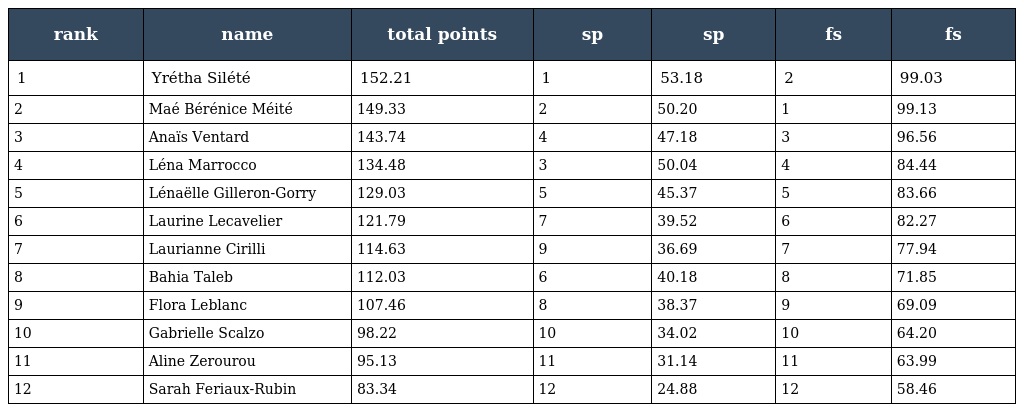
| rank | name | total points | sp | sp | fs | fs |
 | --- | --- | --- | --- | --- | --- | --- |
 | 1 | Yrétha Silété | 152.21 | 1 | 53.18 | 2 | 99.03 |
 | 2 | Maé Bérénice Méité | 149.33 | 2 | 50.20 | 1 | 99.13 |
 | 3 | Anaïs Ventard | 143.74 | 4 | 47.18 | 3 | 96.56 |
 | 4 | Léna Marrocco | 134.48 | 3 | 50.04 | 4 | 84.44 |
 | 5 | Lénaëlle Gilleron-Gorry | 129.03 | 5 | 45.37 | 5 | 83.66 |
 | 6 | Laurine Lecavelier | 121.79 | 7 | 39.52 | 6 | 82.27 |
 | 7 | Laurianne Cirilli | 114.63 | 9 | 36.69 | 7 | 77.94 |
 | 8 | Bahia Taleb | 112.03 | 6 | 40.18 | 8 | 71.85 |
 | 9 | Flora Leblanc | 107.46 | 8 | 38.37 | 9 | 69.09 |
 | 10 | Gabrielle Scalzo | 98.22 | 10 | 34.02 | 10 | 64.20 |
 | 11 | Aline Zerourou | 95.13 | 11 | 31.14 | 11 | 63.99 |
 | 12 | Sarah Feriaux-Rubin | 83.34 | 12 | 24.88 | 12 | 58.46 |